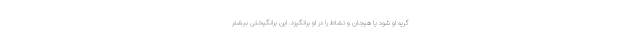
گریه او شود یا هیجان و نشاط را در او برانگیزد. این برانگیختی بیشتر